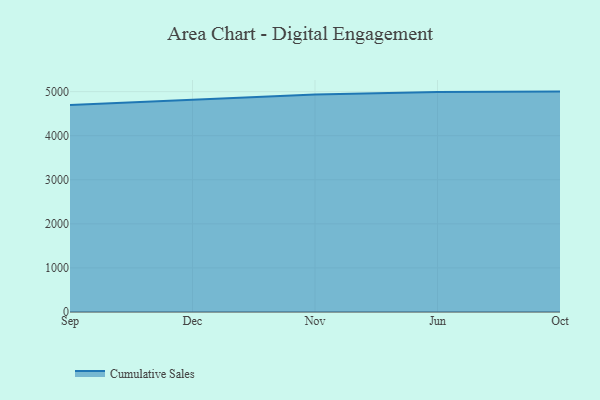
{"axis": {"x": "Month", "y": "Production Output"}, "legend": ["Cumulative Sales"], "data": [{"x": "Sep", "y": 4697.6, "type": "Cumulative Sales"}, {"x": "Dec", "y": 4816.6, "type": "Cumulative Sales"}, {"x": "Nov", "y": 4935.4, "type": "Cumulative Sales"}, {"x": "Jun", "y": 4989.8, "type": "Cumulative Sales"}, {"x": "Oct", "y": 5000, "type": "Cumulative Sales"}]}